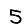
Digit: 5